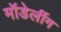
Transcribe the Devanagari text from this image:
मॉडेलींग